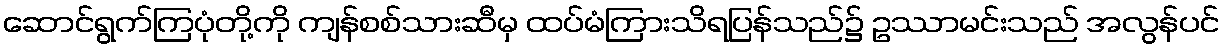
ဆောင်ရွက်ကြပုံတို့ကို ကျန်စစ်သားဆီမှ ထပ်မံကြားသိရပြန်သည်၌ ဥဿာမင်းသည် အလွန်ပင်